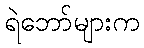
ရဲဘော်များက